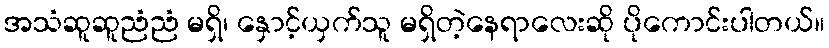
အသံဆူဆူညံညံ မရှိ၊ နှောင့်ယှက်သူ မရှိတဲ့နေရာလေးဆို ပိုကောင်းပါတယ်။